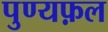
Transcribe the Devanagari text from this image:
पुण्यफ़ल